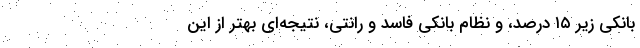
بانکی زیر ۱۵ درصد، و نظام بانکی فاسد و رانتی، نتیجه‌ای بهتر از این